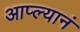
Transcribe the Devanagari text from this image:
आप्ल्यानं